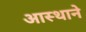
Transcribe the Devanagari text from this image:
आस्थाने